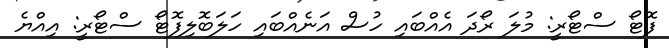
ފޮޓޯ ސްޓޯރީ: މުލަ ރޯދަ އެއްބައި ހުސް އަނެއްބައި ހަލަބޮލިފޮޓޯ ސްޓޯރީ: އިއްޔެ